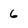
Character: 6